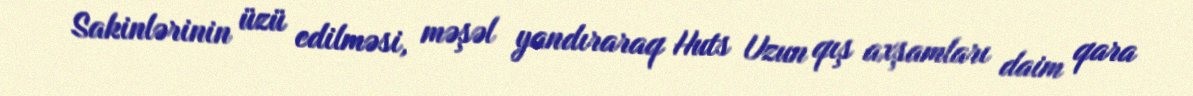
Sakinlərinin üzü edilməsi, məşəl yandıraraq Huts Uzun qış axşamları daim qara